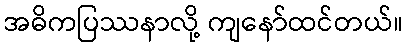
အဓိကပြဿနာလို့ ကျနော်ထင်တယ်။